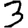
Digit: 3